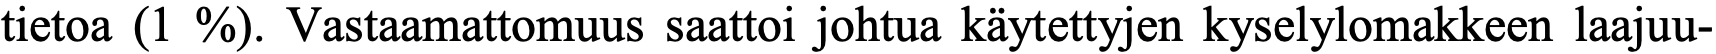
tietoa (1 %). Vastaamattomuus saattoi johtua käytettyjen kyselylomakkeen laajuu-